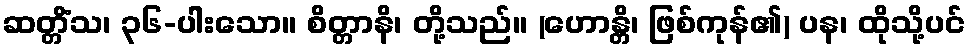
ဆတ္တိံသ၊ ၃၆-ပါးသော။ စိတ္တာနိ၊ တို့သည်။ (ဟောန္တိ၊ ဖြစ်ကုန်၏) ပန၊ ထိုသို့ပင်